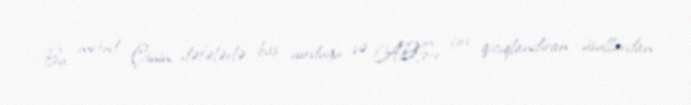
Bu metod Çinin dəfələrlə baş vurduğu və ABŞ-ı çox qıcıqlandıran üsullardan